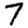
Digit: 7